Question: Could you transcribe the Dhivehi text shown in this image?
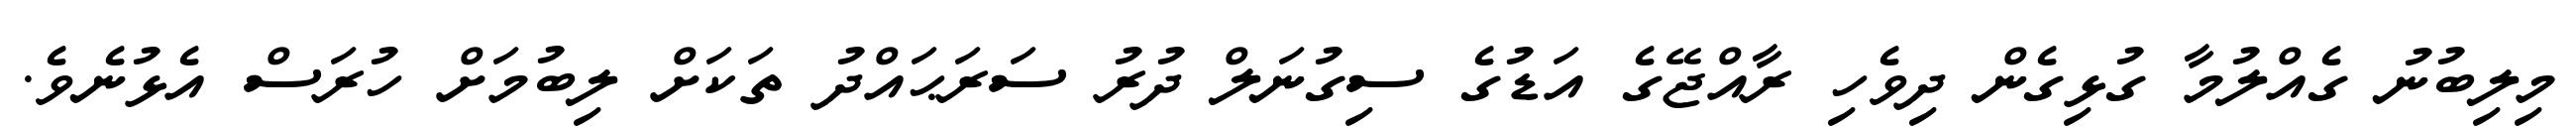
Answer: މިލިބުނު ގެއްލުމާ ގުޅިގެން ދިވެހި ރާއްޖޭގެ އަޑުގެ ސިގުނަލް ދުރު ސަރަޙައްދު ތަކަށް ލިބުމަށް ހުރަސް އެޅުނެވެ.